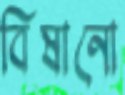
বিষানো